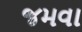
જમવા